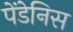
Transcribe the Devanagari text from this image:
पेंडेनिस